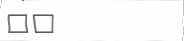
٢٣